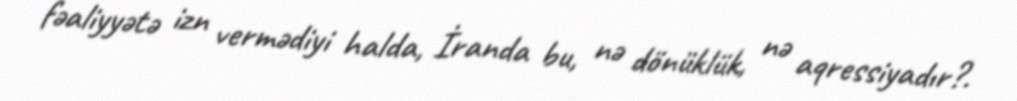
fəaliyyətə izn vermədiyi halda, İranda bu, nə dönüklük, nə aqressiyadır?.